Vaccination United Provinces of Agra and Oudh 1923-1928 - 1923-1928
Year: 1923
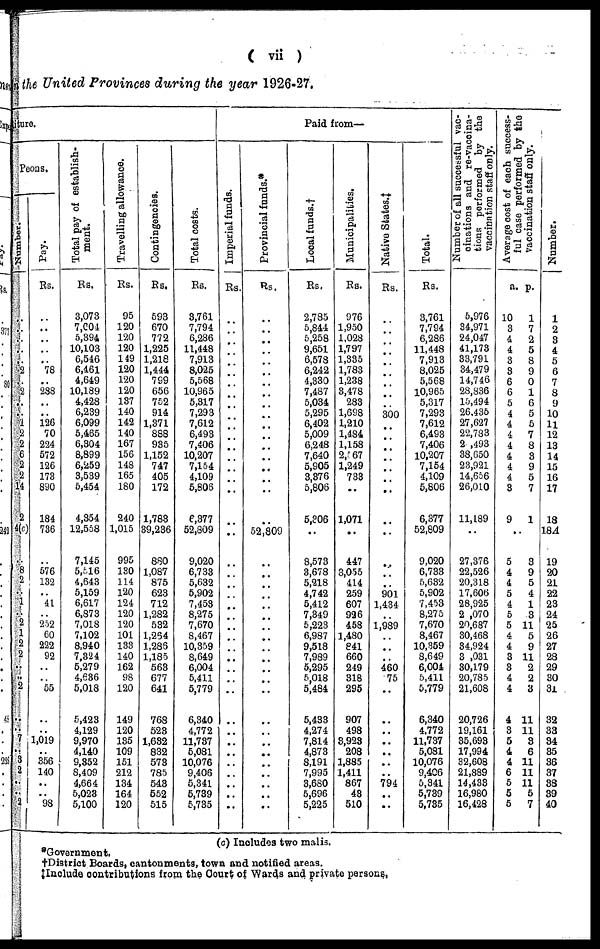
( vii )
the United Provinces during the year 1926-27.
iture.
Peons.
Number.
..
..
..
..
..
2
..
2
..
..
1
2
2
6
2
2
4
2
(c)
..
8
2
..
1
..
2
1
2
2
..
..
2
..
..
7
..
3
2
..
..
2
Pay.
Rs.
..
..
..
..
..
78
..
288
..
..
126
70
224
572
126
173
890
184
736
..
576
132
..
41
..
252
60
222
92
..
..
55
..
..
1,019
..
356
140
..
..
98
Total pay of establish-
ment.
Rs.
3,073
7,004
5,394
10,103
6,546
6,461
4,649
10,189
4,428
6,239
6,099
5,465
6,304
8,899
6,259
3,539
5,454
4,354
12,558
7,145
5,516
4,643
5,159
6,617
6,873
7,018
7,102
8,940
7,324
5,279
4,636
5,018
5,423
4,129
9,970
4,140
9,352
8,409
4,664
5,023
5,100
Travelling allowance.
Rs.
95
120
120
120
149
120
120
120
137
140
142
140
167
156
148
165
180
240
1,015
995
130
114
120
124
120
120
101
133
140
162
98
120
149
120
135
109
151
212
134
164
120
Contingencies.
Rs.
593
670
772
1,225
1,218
1,444
799
656
752
914
1,371
888
935
1,152
747
405
172
1,783
39,236
880
1,087
875
623
712
1,282
532
1,264
1,286
1,185
563
677
641
768
523
1,632
832
573
785
543
552
515
Total costs.
Rs.
3,761
7,794
6,286
11,448
7,913
8,025
5,568
10,965
5,317
7,293
7,612
6,493
7,406
10,207
7,154
4,109
5,808
6,377
52,809
9,020
6,733
5,632
5,902
7,453
8,275
7,670
8,467
10,359
8,649
6,004
5,411
5,779
6,340
4,772
11,737
5,081
10,076
9,406
5,341
5,739
5,735
Paid from—
Imperial funds.
Rs.
..
..
..
..
..
..
..
..
..
..
..
..
..
..
..
..
..
..
..
..
..
..
..
..
..
..
..
..
..
..
..
..
..
..
..
..
..
..
..
..
..
Provincial funds.*
Rs.
..
..
..
..
..
..
..
..
..
..
..
..
..
..
..
..
..
..
52,809
..
..
..
..
..
..
..
..
..
..
..
..
..
..
..
..
..
..
..
..
..
..
Local funds.†
Rs.
2,785
5,844
5,258
9,651
6,578
6,242
4,330
7,487
5,034
5,295
6,402
5,009
6,248
7,640
5,905
3,376
5,806
5,306
..
8,573
3,678
5,218
4,742
5,412
7,349
5,223
6,987
9,518
7,989
5,295
5,018
5,484
5,433
4,274
7,814
4,873
8,191
7,995
3,680
5,696
5,225
Municipalities.
Rs.
976
1,950
1,028
1,797
1,335
1,783
1,238
3,478
283
1,698
1,210
1,484
1,158
2,567
1,249
733
..
1,071
..
447
3,055
414
259
607
926
458
1,480
841
660
249
318
295
907
498
3,923
208
1,885
1,411
867
43
510
Native States.‡
Rs.
..
..
..
..
..
..
..
..
..
300
..
..
..
..
..
..
..
..
..
..
..
..
901
1,434
..
1,989
..
..
..
460
75
..
..
..
..
..
..
..
794
..
..
Total.
Rs.
3,761
7,794
6,286
11,448
7,913
8,025
5,568
10,965
5,317
7,293
7,612
6,493
7,406
10,207
7,154
4,109
5,806
6,377
52,809
9,020
6,733
5,632
5,902
7,453
8,275
7,670
8,467
10,359
8,649
6,004
5,411
5,779
6,340
4,772
11,737
5,081
10,076
9,406
5,341
5,739
5,735
Number of all successful vac¬
cinations and re-vaccina¬
tions performed by the
vaccination staff only.
5,976
34,971
24,047
41,173
33,791
34,479
14,746
28,836
15,494
26,435
27,627
22,783
2 ,493
38,650
23,921
14,656
26,010
11,189
..
27,376
22,526
20,318
17,606
28,925
2 ,070
20,687
30,468
34,924
3 ,031
30,179
20,785
21,608
20,726
19,161
35,693
17,994
32,608
21,889
14,433
16,980
16,428
Average cost of each success-
ful case performed by the
vaccination staff only.
a.
10
3
4
4
3
3
6
6
5
4
4
4
4
4
4
4
3
9
p.
1
7
2
5
8
9
0
1
6
5
5
7
8
3
9
5
7
1
..
5
4
4
5
4
5
5
4
4
3
3
4
4
4
3
5
4
4
6
5
5
5
3
9
5
4
1
3
11
5
9
11
2
2
3
11
11
3
6
11
11
11
5
7
Number.
1
2
3
4
5
6
7
8
9
10
11
12
13
14
15
16
17
18
18A
19
20
21
22
23
24
25
26
27
28
29
30
31
32
33
34
35
36
37
38
39
40
(c) Includes two malis.
*Government.
†District Boards, cantonments, town and notified areas.
‡Include contributions from the Court of Wards and private persons.